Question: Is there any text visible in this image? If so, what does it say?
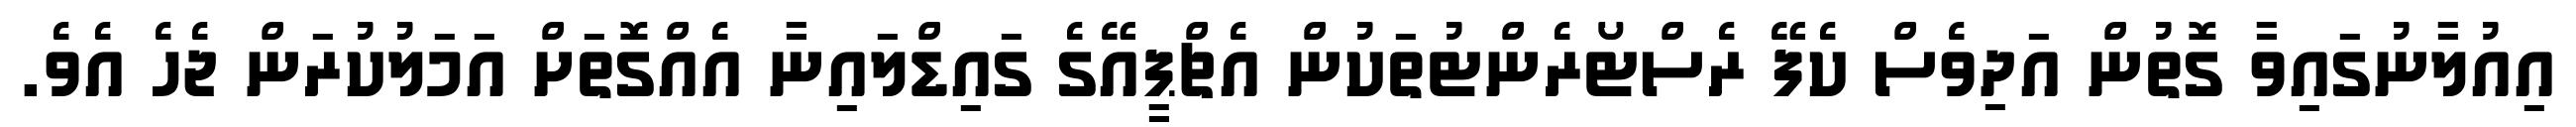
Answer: އިއުލާނުގައިވާ ގޮތުން އަދިވެސް ކެފޭ ރެސްޓޯރެންޓުތަކުން އެޗްޕީއޭގެ ގައިޑްލައިނާ އެއްގޮތަށް އަމަލުކުރަން ޖެހެ އެވެ.